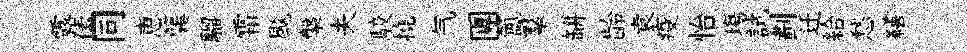
露傃同恵簨騮霜颷槃夫駮撓气團氳羣缾龄袁疫怡塲試劃迁給愁繕